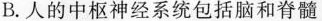
B.人的中枢神经系统包括脑和脊髓